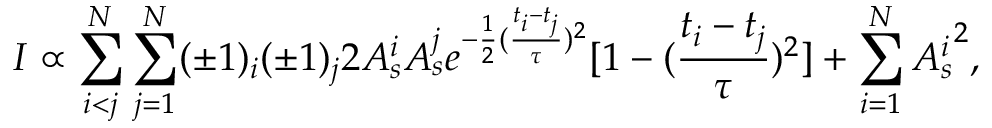
I \propto \sum _ { i < j } ^ { N } \sum _ { j = 1 } ^ { N } ( \pm 1 ) _ { i } ( \pm 1 ) _ { j } 2 A _ { s } ^ { i } A _ { s } ^ { j } e ^ { - \frac { 1 } { 2 } ( \frac { t _ { i } - t _ { j } } { \tau } ) ^ { 2 } } [ 1 - ( \frac { t _ { i } - t _ { j } } { \tau } ) ^ { 2 } ] + \sum _ { i = 1 } ^ { N } { A _ { s } ^ { i } } ^ { 2 } ,